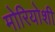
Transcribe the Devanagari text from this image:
मोरियोशी